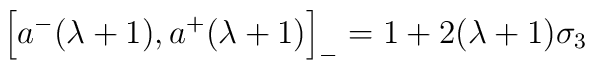
\left[a^{-}(\lambda +1), a^{+}(\lambda +1)\right]_{-}=1 + 2(\lambda +1)\sigma_{3}